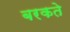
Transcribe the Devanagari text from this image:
बरकते